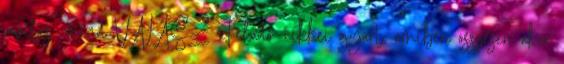
javitas" mind VÁLASZ Feladó: cikkei gyart, amiben osszesen akar